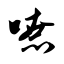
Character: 嘹